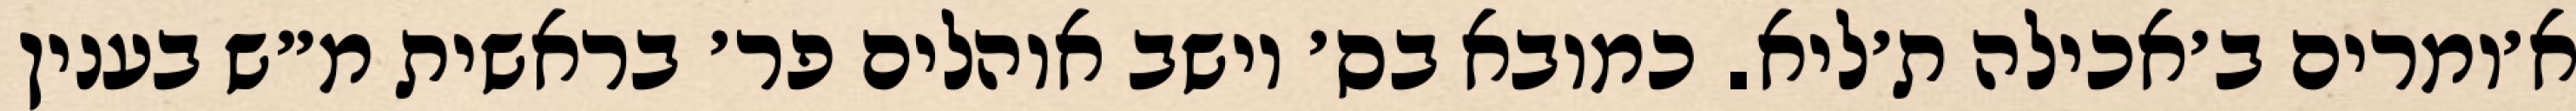
א׳ומרים ב׳אכילה ת׳ליא. כמובא בס׳ יושב אוהלים פר׳ בראשית מ״ש בענין